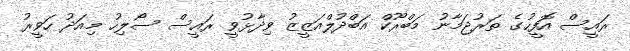
ރައީސް އޮފީހުގެ ތަރުޖަމާނު މަބްރޫކް އަބްދުލްއަޒީޒު ވިދާޅުވީ ރައީސް ސޯލިހު މިއަދު ހަވީރު